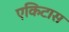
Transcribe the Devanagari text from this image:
एकिटास